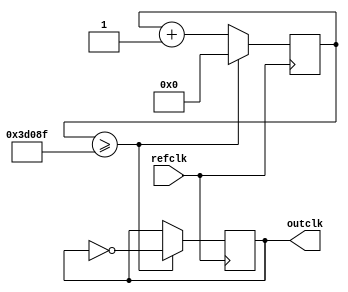
// Generate a 100Hz clock with the on-board 50MHz clock.
module centisecond_clock(refclk, outclk);
	input      refclk;
	output reg outclk;
	reg [24:0] counter;
	parameter half_max = 500000 / 2 - 1;

	// Initial block is only used for simulation, but the initial value here does not matter.
	initial begin
		counter <= 0;
		outclk <= 0;
	end

	always @(posedge refclk) begin
		if (counter >= half_max) begin
			counter <= 0;
			outclk <= ~outclk;
		end
		else
			counter <= counter + 1;
	end
endmodule